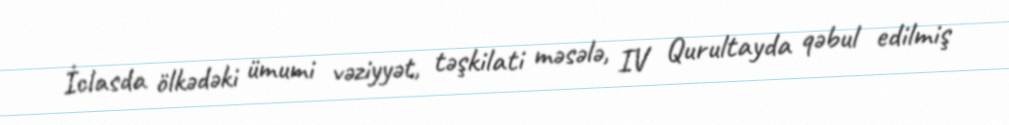
İclasda ölkədəki ümumi vəziyyət, təşkilati məsələ, IV Qurultayda qəbul edilmiş